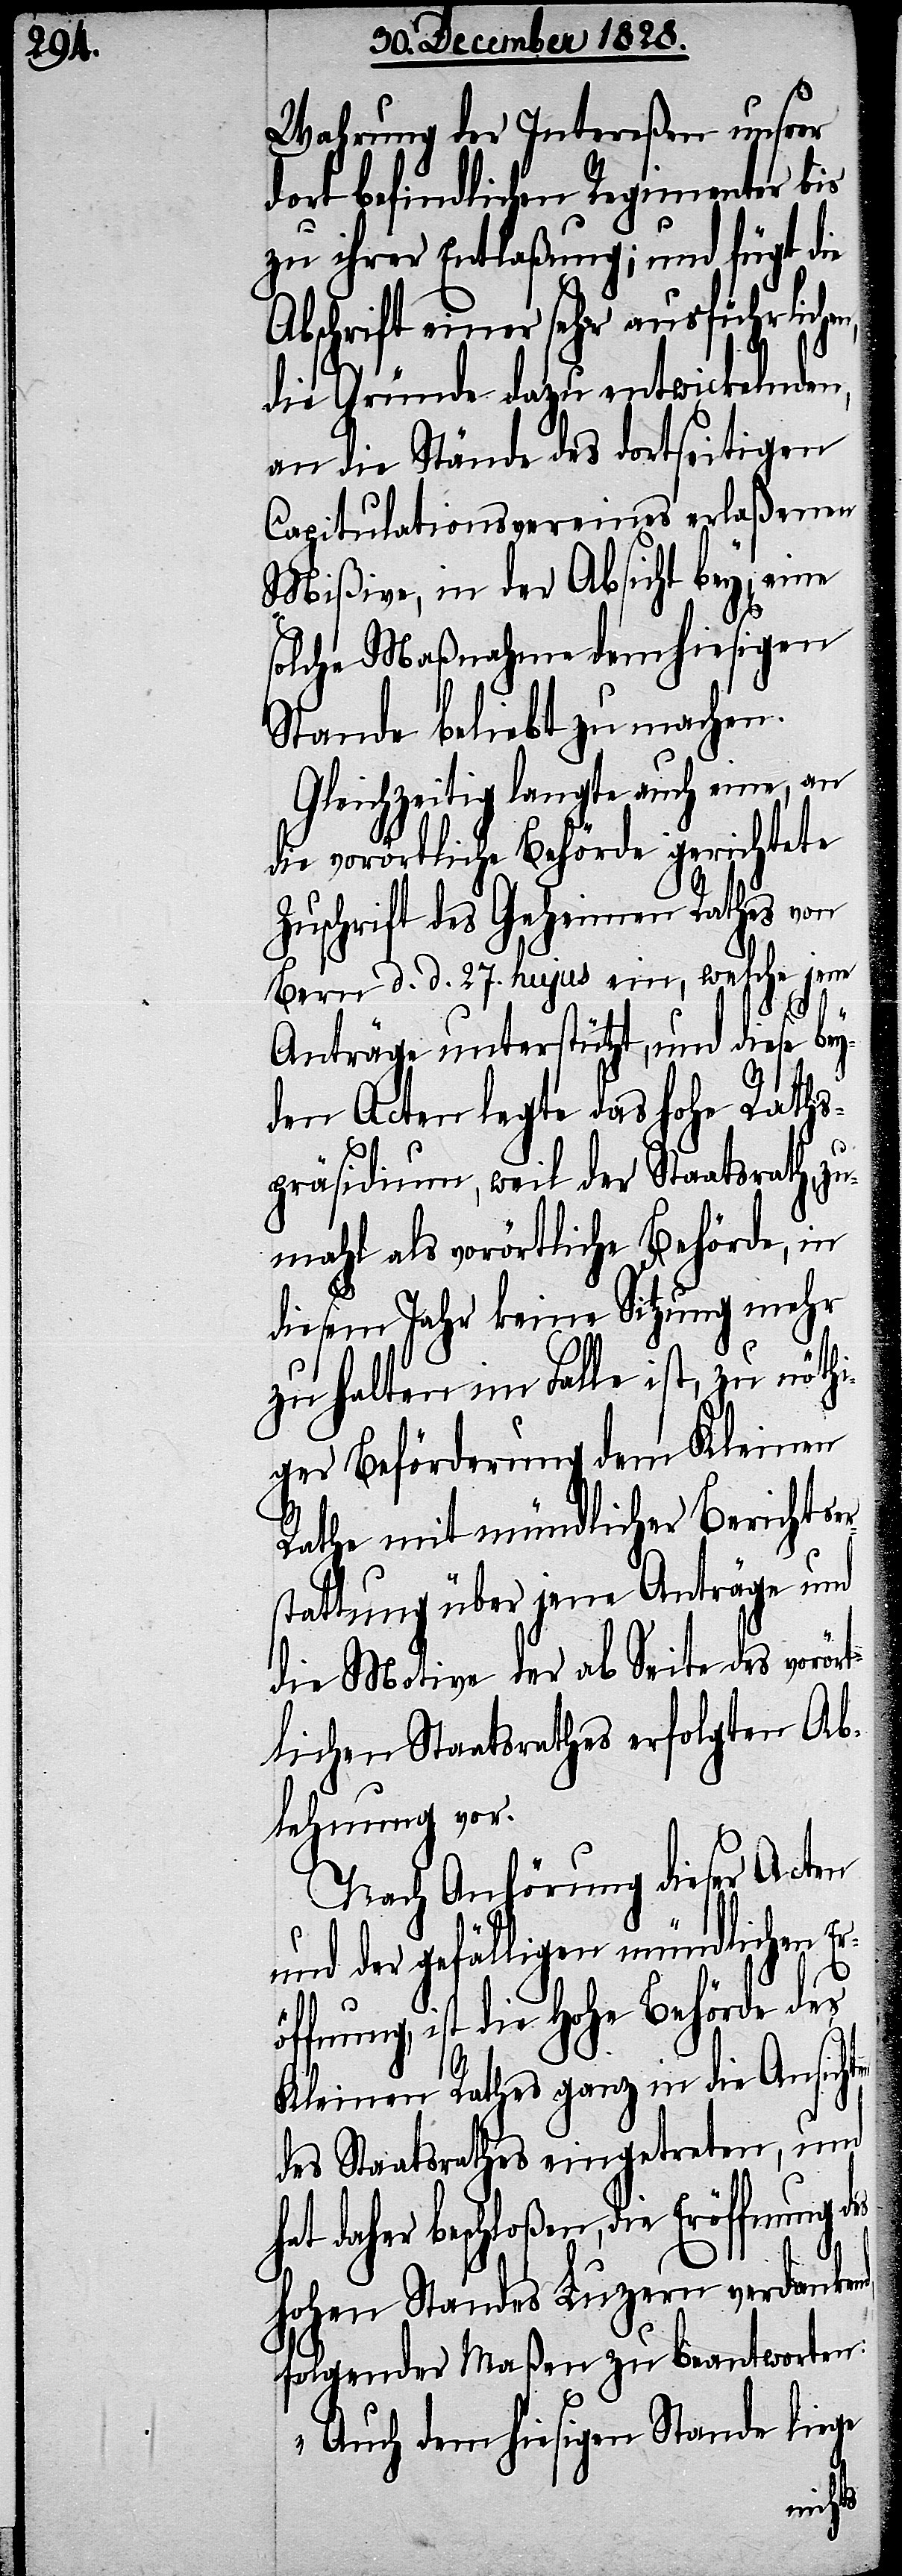
en
Wahrung der Intereßen unsrer
dort befindlichen Regimenter bis
zu ihrer Entlaßung; und fügt die
Abschrift einer sehr ausführlichen,
die Gründe dazu entwickelnden,
an die Stände des dortseitigen
Capitulationsvereines erlaßenen
Mißive, in der Absicht bey, eine
solche Maßnahme dem hiesigen
Stande beliebt zu machen.
Gleichzeitig langte auch eine, an
die vorörtliche Behörde gerichtete
Zuschrift des Geheimen Rathes von
Bern d. d. 27. hujus ein, welche jene
Anträge unterstützt, und diese bey¬
den Acten legte das hohe Raths¬
präsidium, weil der Staatsrath, z¬
umahl als vorörtliche Behörde, in
diesem Jahr keine Sitzung mehr
zu halten im Falle ist, zu nöthi¬
ger Beförderung dem Kleinen
Rathe mit mündlicher Berichtser¬
stattung über jene Anträge und
die Motive der ab Seite des vorört¬
lichen Staatsrathes erfolgten Ab¬
lehnung vor.
Nach Anhörung dieser Acten
und der gefälligen mündlichen E¬
fnung, ist die Hohe Behörde des
Kleinen Rathes ganz in die Ansicht¬
des Staatsrathes eingetreten, und
daher beschloßen, die Eröffnung
hohen Standes Luzern verdankend,
folgender Maßen zu beantworten:
„Auch dem hiesigen Stande liege